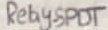
Text: Relay-SPDT